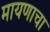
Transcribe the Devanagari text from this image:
मायणाचा